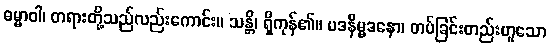
ဓမ္မာဝါ၊ တရားတို့သည်လည်းကောင်း။ သန္တိ၊ ရှိကုန်၏။ မဒနိမ္မဒနော၊ တပ်ခြင်းတည်းဟူသော